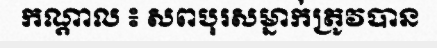
កណ្តាល ៖ សពបុរសម្នាក់ត្រូវបាន